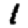
Digit: 1